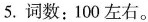
5.词数：100左右。